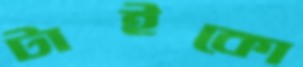
টাইকো